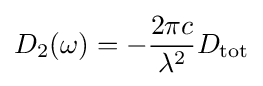
D_{2}(\omega )=-{\frac {2\pi c}{\lambda ^{2}}}D_{\text{tot}}